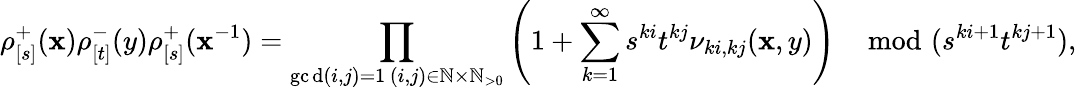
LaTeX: \rho_{[s]}^{+}(\mathbf{x})\rho_{[t]}^{-}(y)\rho_{[s]}^{+}(\mathbf{x}^{-1})=\prod_{\substack{\operatorname*{gc\mathrm{d}}(i,j)=1\, (i,j)\in\mathbb{{N}}\times\mathbb{{N}}_{>0}}}\left(1+\sum_{k=1}^{\infty}s^{ki}t^{kj}\nu_{ki,kj}(\mathbf{x},y)\right)\mod(s^{ki+1}t^{kj+1}),